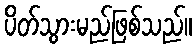
ပိတ်သွားမည်ဖြစ်သည်။